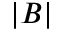
| B |